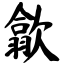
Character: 歙